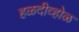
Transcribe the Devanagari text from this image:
हळदीव्होळ